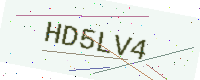
Text: HD5LV4